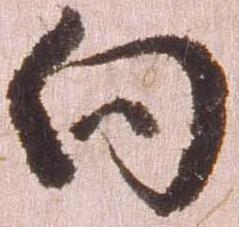
向